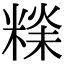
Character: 𥻕